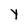
Character: Y